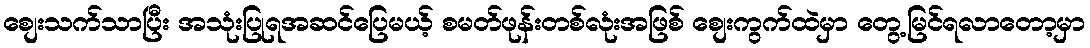
စျေးသက်သာပြီး အသုံးပြုရအဆင်ပြေမယ့် စမတ်ဖုန်းတစ်လုံးအဖြစ် စျေးကွက်ထဲမှာ တွေ့မြင်ရလာတော့မှာ